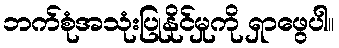
ဘက်စုံအသုံးပြုနိုင်မှုကို ရှာဖွေပါ။